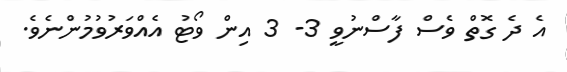
އެ ދެ ގޮތް ވެސް ފާސްނުވީ 3- 3 އިން ވޯޓު އެއްވަރުވުމުންނެވެ.